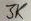
Text: 3K